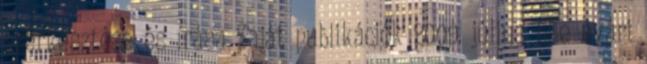
szerkesztése és írása Saját publikációk 2009. július Elle nyári